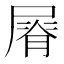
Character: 𡲺